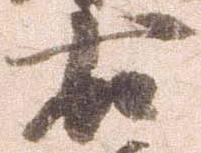
右